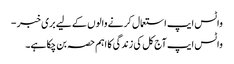
واٹس ایپ استعمال کرنے والوں کے لیے بری خبر -
واٹس ایپ آج کل کی زندگی کا اہم حصہ بن چکا ہے۔